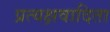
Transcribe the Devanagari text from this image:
प्रत्यक्षवादिता